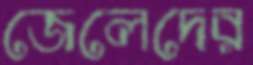
জেলেদের